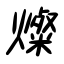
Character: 燦